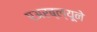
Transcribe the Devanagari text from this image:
एअरब्ल्यूने